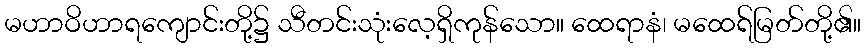
မဟာဝိဟာရကျောင်းတို့၌ သီတင်းသုံးလေ့ရှိကုန်သော။ ထေရာနံ၊ မထေရ်မြတ်တို့၏။